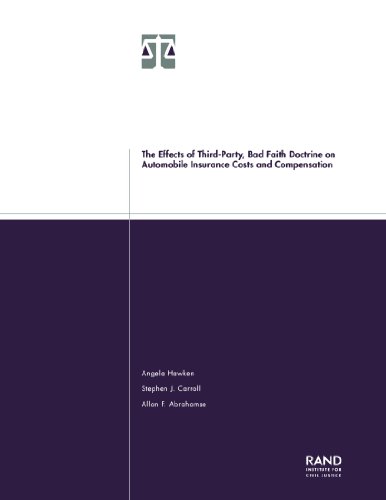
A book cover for The Effects of Third-Party, Bad Faith Doctrine on Automobile Insurance Costs and Compensation; Angela Hawken; Engineering & Transportation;